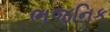
ભજનિક